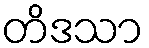
တိဒသာ